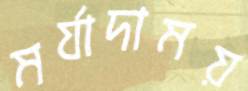
মর্যাদাময়